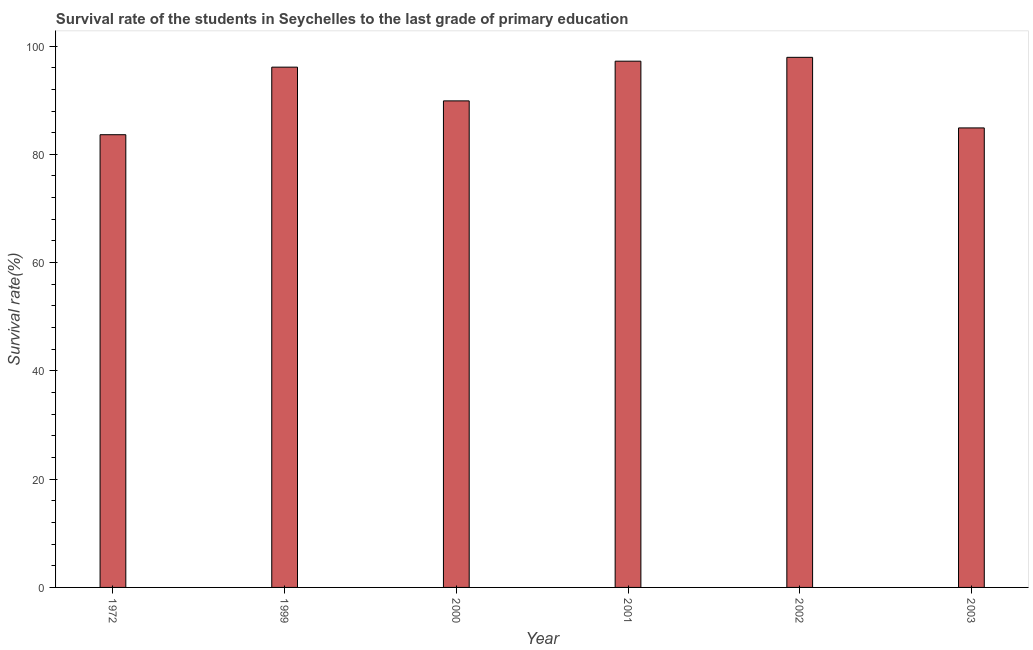
| Year | Primary Education |
 | --- | --- |
 | 1972 | 83.6 |
 | 1999 | 96.1 |
 | 2000 | 89.9 |
 | 2001 | 97.2 |
 | 2002 | 97.9 |
 | 2003 | 84.9 |